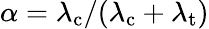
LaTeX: \alpha=\lambda_{\mathrm{c}}/(\lambda_{\mathrm{c}}+\lambda_{\mathrm{t}})